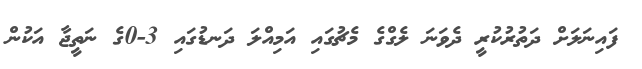
ފައިނަލަށް ދަތުރުކުރީ ދެވަނަ ލެގްގެ މެޗުގައި އަމިއްލަ ދަނޑުގައި 3-0ގެ ނަތީޖާ އަކުން